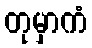
တုမှာကံ